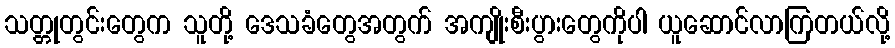
သတ္တုတွင်းတွေက သူတို့ ဒေသခံတွေအတွက် အကျိုးစီးပွားတွေကိုပါ ယူဆောင်လာကြတယ်လို့